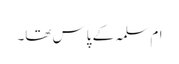
ام سلمہ کے پاس تھا۔